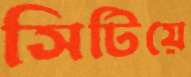
সিটিয়ে